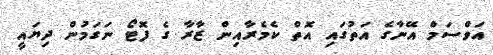
އަވްސަމް އޭނާގެ އަތުގައި އޮތް ކެމެރާއިން ޒާރާ ގެ ފޮޓޯ ނަގަމުން ދިޔައީ